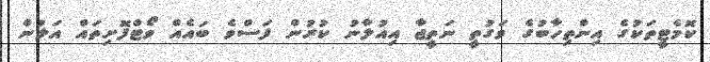
ކޮމެޓީތަކުގެ އިންތިހާބުގެ ވަގުތީ ނަތީޖާ އިއުލާނު ކުރުން ފަސްވެ ބައެއް ވޯޓްފޮށިތައް އަލުން